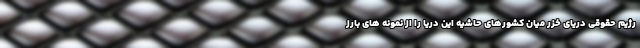
رژیم حقوقی دریای خزر میان کشورهای حاشیه این دریا را از نمونه های بارز